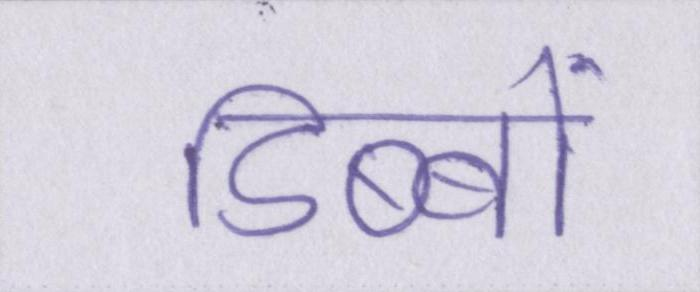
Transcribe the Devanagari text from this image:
डिब्बों